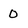
Character: 0